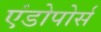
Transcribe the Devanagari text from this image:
एंडोपोर्स